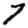
Digit: 7